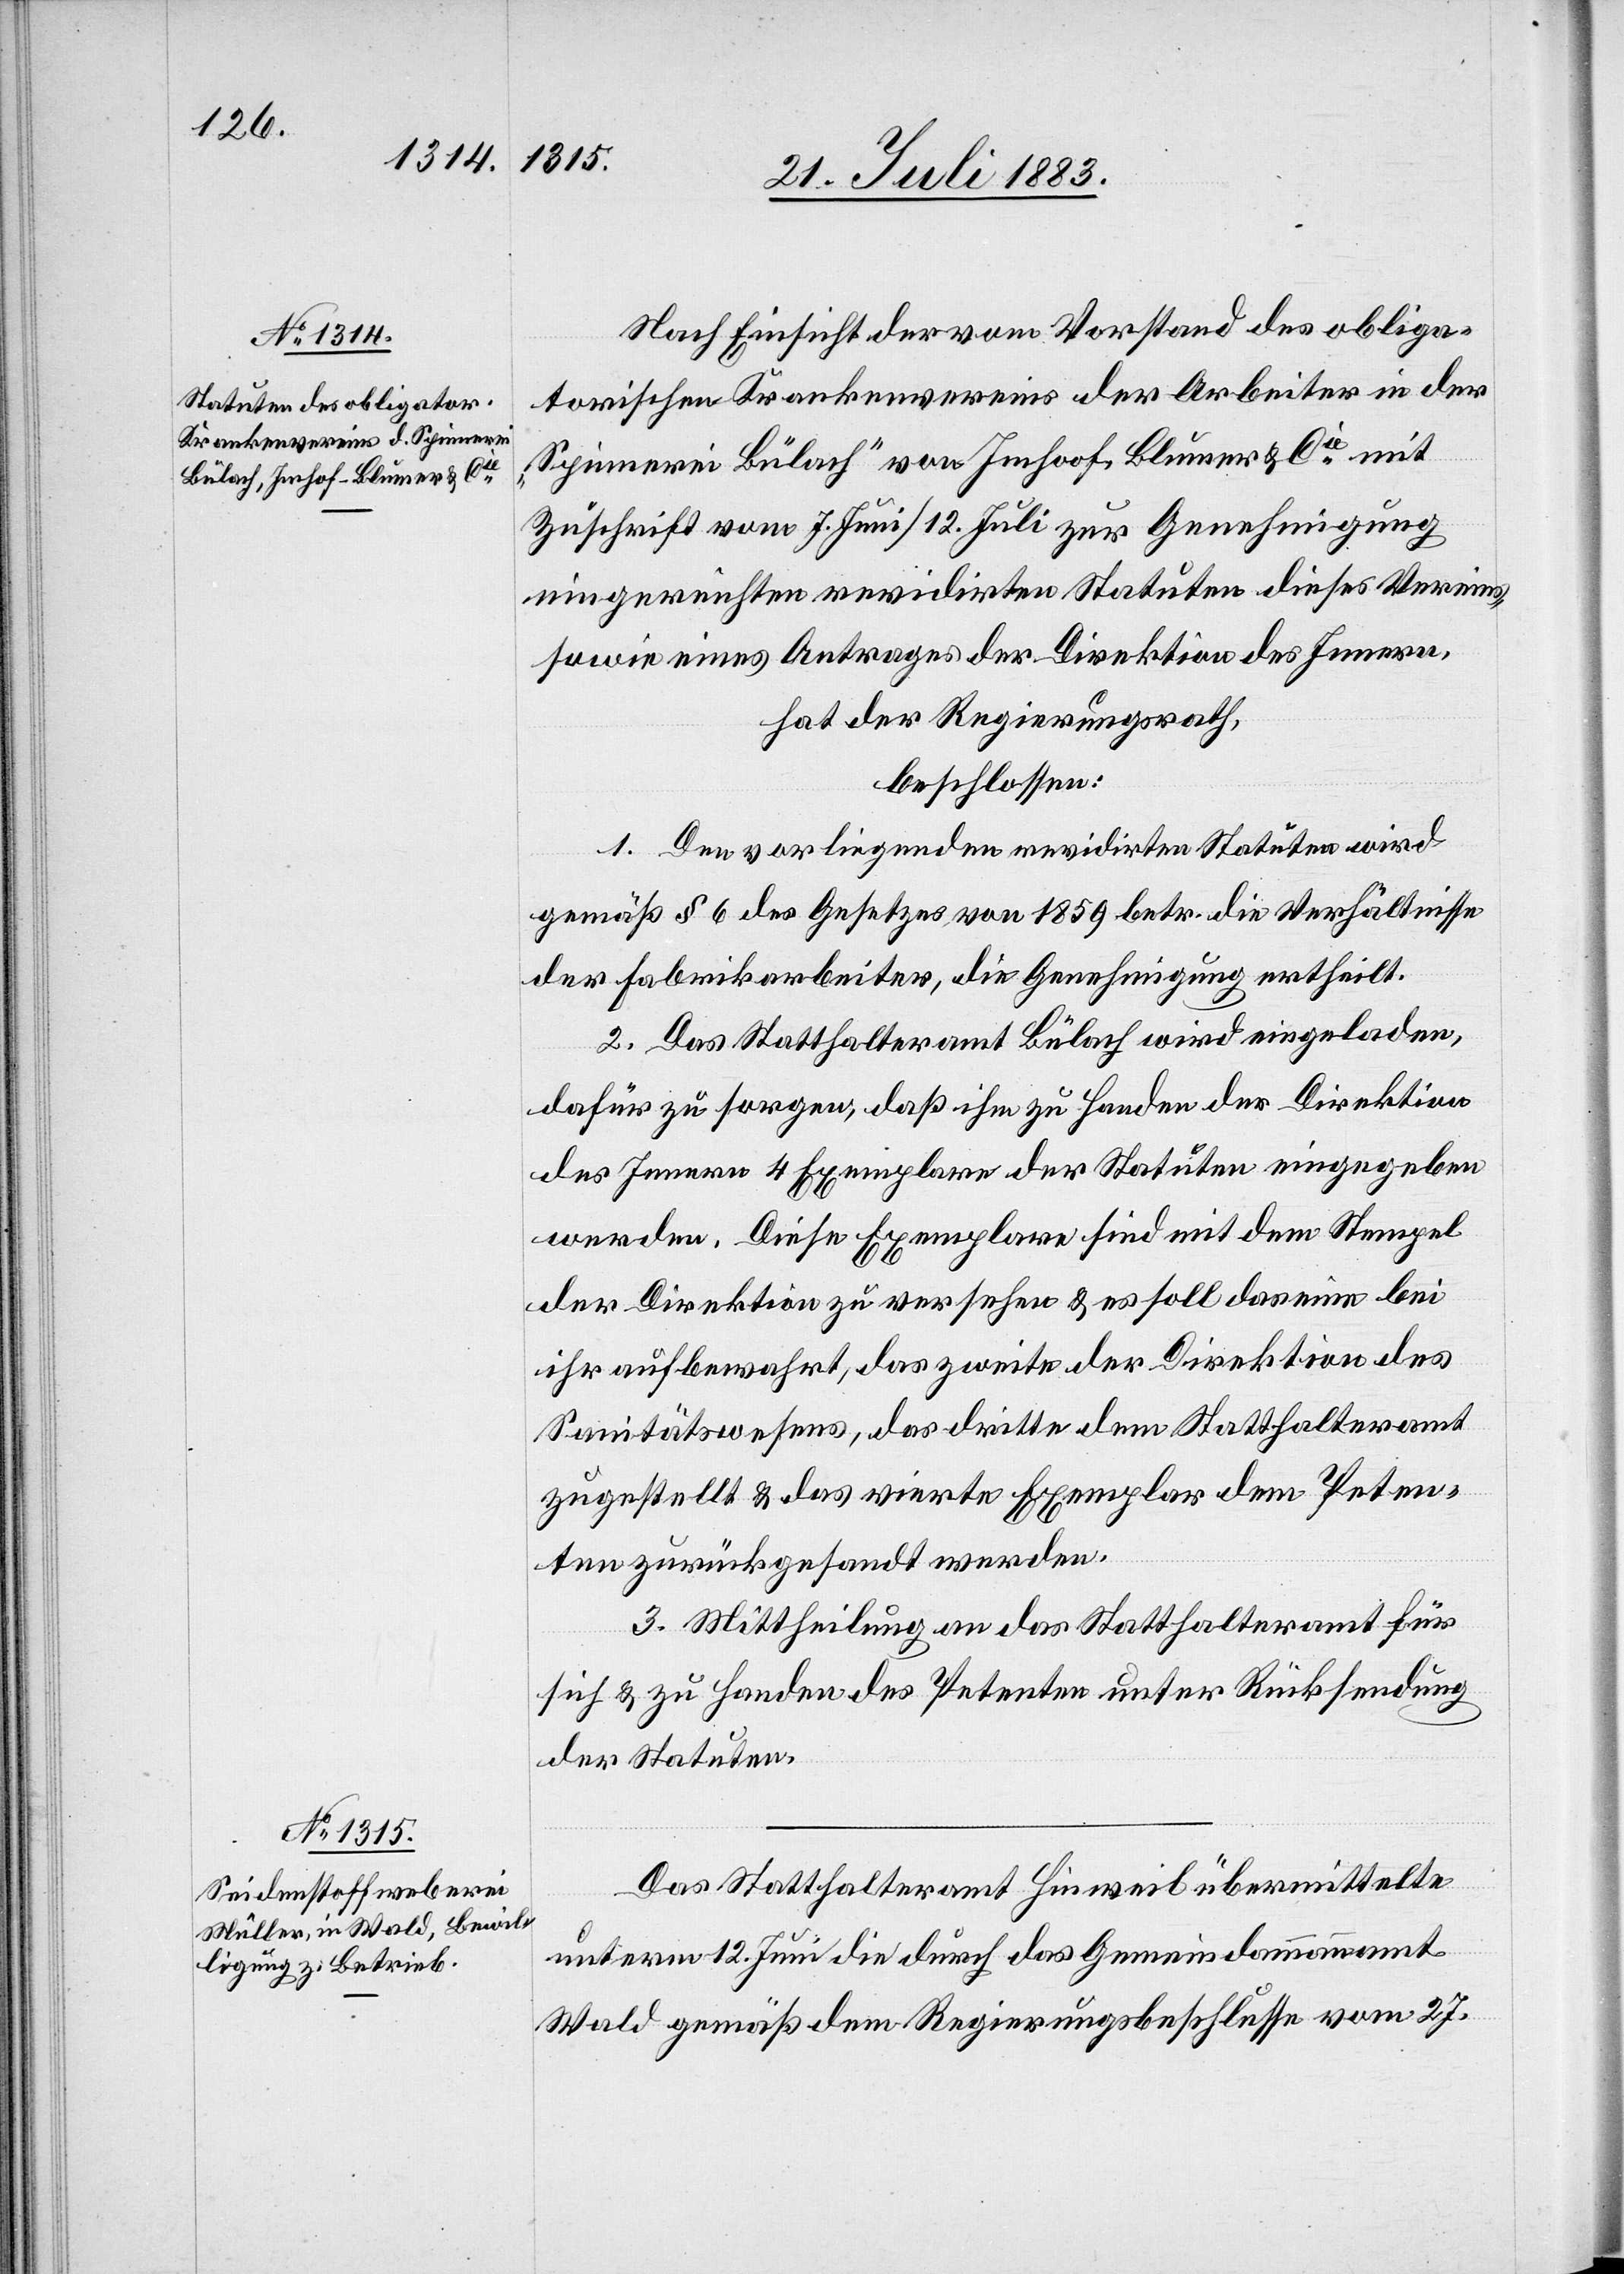
Nach Einsicht der vom Vorstand des obliga¬
torischen Krankenvereins der Arbeiter in der
„Spinnerei Bülach“ von Imhoof [sic!], Blumer & Cie mit
Zuschrift vom 7. Juni/12. Juli zur Genehmigung
eingereichten revidirten Statuten dieses Vereins,
sowie eines Antrages der Direktion des Innern,
hat der Regierungsrath,
beschlossen:
1. Den vorliegenden revidirten Statuten wird
gemäß § 6 des Gesetzes von 1859 betr. die Verhältnisse
der Fabrikarbeiter, die Genehmigung ertheilt.
2. Das Statthalteramt Bülach wird eingeladen,
dafür zu sorgen, daß ihm zu Handen der Direktion
des Innern 4 Exemplare der Statuten eingegeben
werden. Diese Exemplare sind mit dem Stempel
der Direktion zu versehen & es soll das eine bei
ihr aufbewahrt, das zweite der Direktion des
Sanitätswesens, das dritte dem Statthalteramte
zugestellt & das vierte Exemplar dem Peten¬
ten zurückgesandt werden.
3. Mittheilung an das Statthalteramt für
sich & zu Handen des Petenten über Rücksendung
der Statuten.
Das Statthalteramt Hinweil übermittelte
unterm 12. Juni die durch das Gemeindammannamt
Wald gemäß dem Regierungsbeschlusse vom 27.